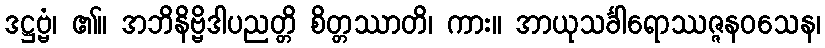
ဒဋ္ဌဗ္ဗံ၊ ၏။ အဘိနိဗ္ဗိဒါပညတ္တိ စိတ္တဿာတိ၊ ကား။ အာယုသင်္ခါရောဿဇ္ဇနဝသေန၊